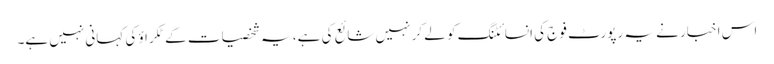
اس اخبار نے یہ رپورٹ فوج کی انسائٹنگ کو لے کر نہیں شائع کی ہے، یہ شخصیات کے ٹکراؤ کی کہانی نہیں ہے۔